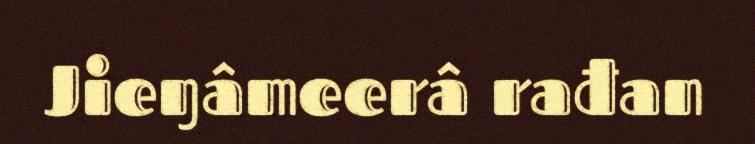
Jieŋâmeerâ rađan